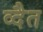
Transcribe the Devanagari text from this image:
व्दैत